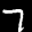
Label: 7